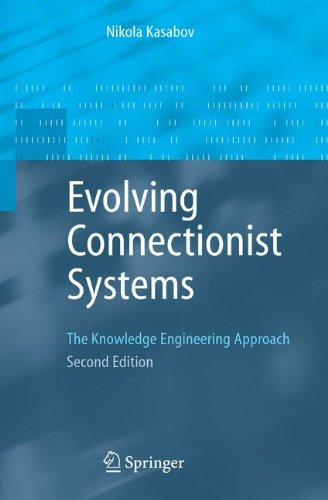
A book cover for Evolving Connectionist Systems: The Knowledge Engineering Approach; Nikola Kasabov; Computers & Technology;